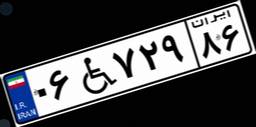
۸۶W۲۵۴۲۷